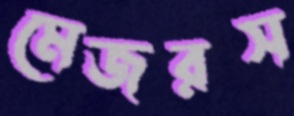
মেজরস